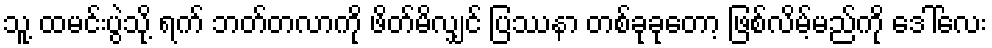
သူ့ ထမင်းပွဲသို့ ရက် ဘတ်တလာကို ဖိတ်မိလျှင် ပြဿနာ တစ်ခုခုတော့ ဖြစ်လိမ့်မည်ကို ဒေါ်လေး